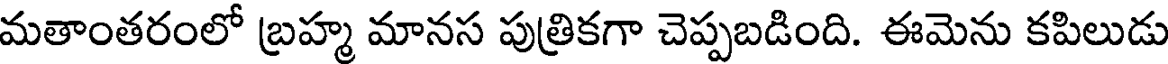
మతాంతరంలో బ్రహ్మ మానస పుత్రికగా చెప్పబడింది. ఈమెను కపిలుడు